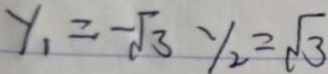
y _ { 1 } = - \sqrt { 3 } y _ { 2 } = \sqrt { 3 }